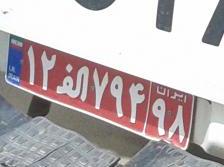
۱۲ا۷۹۴۹۸